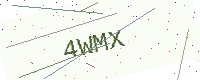
Text: 4WMX